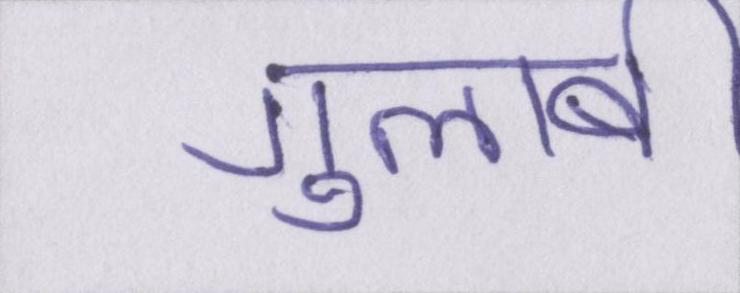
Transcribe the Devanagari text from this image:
गुलाबी